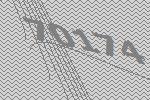
70174